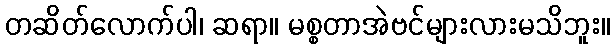
တဆိတ်လောက်ပါ၊ ဆရာ။ မစ္စတာအဲဗင်များလားမသိဘူး။